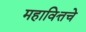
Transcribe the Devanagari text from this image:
महावित्तचे